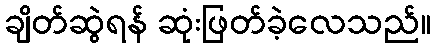
ချိတ်ဆွဲရန် ဆုံးဖြတ်ခဲ့လေသည်။